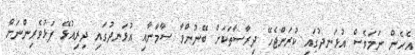
އެހެން ނަމަވެސް އުޅަނދުގައި ކުރަންޖެހޭ ދިރާސާތަކަށް ބޭނުންވާ ސާމާނާއި އުޅަނދުގައި ދިރިއުޅޭ ފަޅުވެރިންނަށް